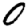
Digit: 0